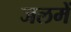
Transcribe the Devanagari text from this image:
जलमें